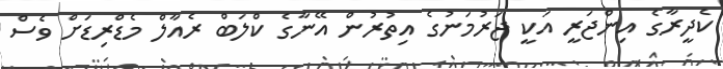
ކެދީރާގެ އިންޖަރީ އަކީ ޖަރުމަނުގެ އިތުރުން އޭނާގެ ކްލަބް ރެއާލް މެޑްރިޑަށް ވެސް